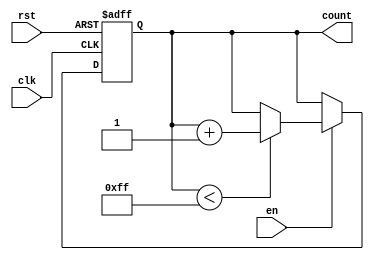
module incremental_counter #(
    parameter MAX_VAL = 255, // Parameter for maximum count value
    parameter WIDTH = 8       // Width of the counter (for MAX_VAL = 255, WIDTH = 8)
)(
    input wire clk,            // Clock signal
    input wire rst,            // Asynchronous reset signal
    input wire en,             // Enable signal
    output reg [WIDTH-1:0] count // Current count value
);

    // Memory block to store the current count value
    reg [WIDTH-1:0] mem;

    // Always block for counter operation
    always @(posedge clk or posedge rst) begin
        if (rst) begin
            // Reset the counter to zero
            mem <= 0;
        end else if (en) begin
            // Increment the counter if enabled and not at max value
            if (mem < MAX_VAL) begin
                mem <= mem + 1;
            end
            // If max value is reached, hold the value
        end
    end

    // Output the current count value
    always @(*) begin
        count = mem; // Read the current count value from memory
    end

endmodule